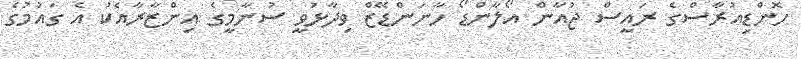
ހޮންޑިއުރާސްގެ ރައީސް ޖުއާން އޯލާންޑޯ ހާނަންޑޭޒް ވިދާޅުވީ ސުނާމީގެ އިންޒާރާއެކު އެ ގައުމުގެ